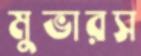
মুভারস